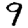
Digit: 9